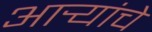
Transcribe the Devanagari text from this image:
आर्‍यांचे